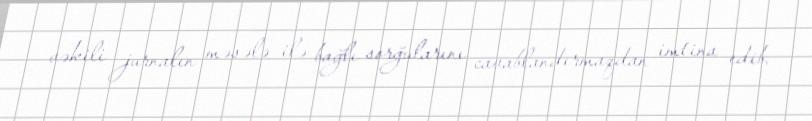
vəkili jurnalın məsələ ilə bağlı sorğularını cavablandırmaqdan imtina edib.